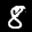
Label: 8